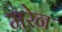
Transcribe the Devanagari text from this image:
मरेन